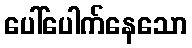
ပေါ်ပေါက်နေသော